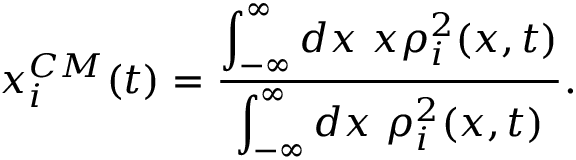
x _ { i } ^ { C M } ( t ) = \frac { \displaystyle { \int _ { - \infty } ^ { \infty } d x ~ x \rho _ { i } ^ { 2 } ( x , t ) } } { \displaystyle { \int _ { - \infty } ^ { \infty } d x ~ \rho _ { i } ^ { 2 } ( x , t ) } } .